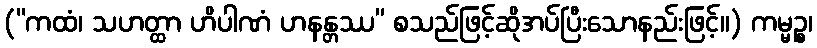
(“ကထံ၊ သဟတ္ထာ ဟိပါဏံ ဟနန္တဿ” စသည်ဖြင့်ဆိုအပ်ပြီးသောနည်းဖြင့်။) ကမ္မဉ္စ၊